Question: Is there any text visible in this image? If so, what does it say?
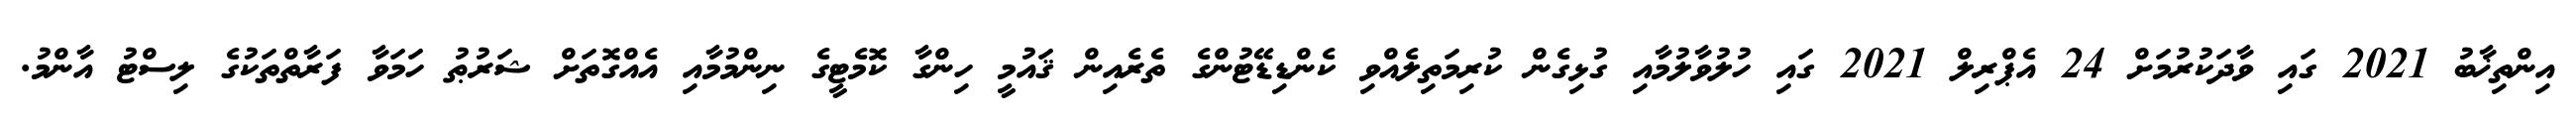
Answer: އިންތިޚާބު 2021 ގައި ވާދަކުރުމަށް 24 އެޕްރިލް 2021 ގައި ހުލުވާލުމާއި ގުޅިގެން ކުރިމަތިލެއްވި ކެންޑިޑޭޓުންގެ ތެރެއިން ޤައުމީ ހިންގާ ކޮމެޓީގެ ނިންމުމާއި އެއްގޮތަށް ޝަރުޠު ހަމަވާ ފަރާތްތަކުގެ ލިސްޓު އާންމު.